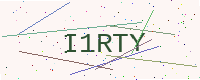
Text: I1RTY